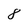
Character: 8